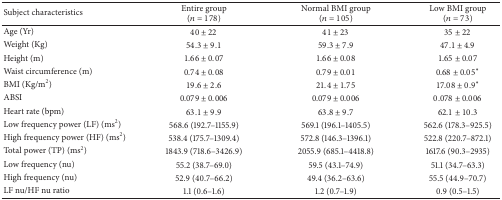
<table><thead><tr><td><b>Subject characteristics</b></td><td><b>Entire group(<i>n</i> = 178)</b></td><td><b>Normal BMI group(<i>n</i> = 105)</b></td><td><b>Low BMI group(<i>n</i> = 73)</b></td></tr></thead><tbody><tr><td>Age (Yr)</td><td>40 ± 22</td><td>41 ± 23</td><td>35 ± 22</td></tr><tr><td>Weight (Kg)</td><td>54.3 ± 9.1</td><td>59.3 ± 7.9</td><td>47.1 ± 4.9</td></tr><tr><td>Height (m)</td><td>1.66 ± 0.07</td><td>1.66 ± 0.08</td><td>1.65 ± 0.07</td></tr><tr><td>Waist circumference (m)</td><td>0.74 ± 0.08</td><td>0.79 ± 0.01</td><td>0.68 ± 0.05*</td></tr><tr><td>BMI (Kg/m<sup>2</sup>)</td><td>19.6 ± 2.6</td><td>21.4 ± 1.75</td><td>17.08 ± 0.9*</td></tr><tr><td>ABSI</td><td>0.079 ± 0.006</td><td>0.079 ± 0.006</td><td>0.078 ± 0.006</td></tr><tr><td>Heart rate (bpm)</td><td>63.1 ± 9.9</td><td>63.8 ± 9.7</td><td>62.1 ± 10.3</td></tr><tr><td>Low frequency power (LF) (ms<sup>2</sup>)</td><td>568.6 (192.7–1155.9)</td><td>569.1 (196.1–1405.5)</td><td>562.6 (178.3–925.5)</td></tr><tr><td>High frequency power (HF) (ms<sup>2</sup>)</td><td>538.4 (175.7–1309.4)</td><td>572.8 (146.3–1396.1)</td><td>522.8 (220.7–872.1)</td></tr><tr><td>Total power (TP) (ms<sup>2</sup>)</td><td>1843.9 (718.6–3426.9)</td><td>2055.9 (685.1–4418.8)</td><td>1617.6 (90.3–2935)</td></tr><tr><td>Low frequency (nu)</td><td>55.2 (38.7–69.0)</td><td>59.5 (43.1–74.9)</td><td>51.1 (34.7–63.3)</td></tr><tr><td>High frequency (nu)</td><td>52.9 (40.7–66.2)</td><td>49.4 (36.2–63.6)</td><td>55.5 (44.9–70.7)</td></tr><tr><td>LF nu/HF nu ratio</td><td>1.1 (0.6–1.6)</td><td>1.2 (0.7–1.9)</td><td>0.9 (0.5–1.5)</td></tr></tbody></table>